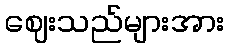
ဈေးသည်များအား